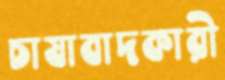
চাষাবাদকারী